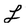
Character: L